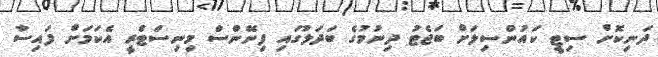
ދަނިކޮށް ސިޓީ ކައުންސިލަށް ބަޖެޓު ދިނުމުގެ ބަދަލުގައި ފިނޭންސް މިނިސްޓްރީ އެކަމަށް ފައިސާ